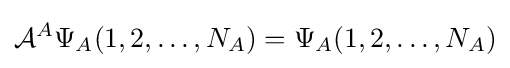
{\mathcal {A}}^{A}\Psi _{A}(1,2,\dots ,N_{A})=\Psi _{A}(1,2,\dots ,N_{A})